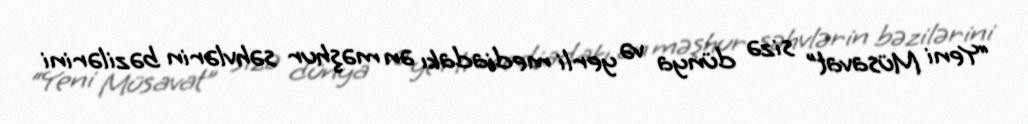
“Yeni Müsavat” sizə dünya və yerli mediadakı ən məşhur səhvlərin bəzilərini